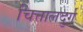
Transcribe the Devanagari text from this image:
चित्तालदुर्ग